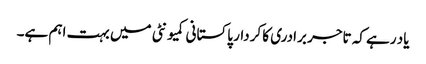
یاد رہے کہ تاجر برادری کا کردار پاکستانی کمیونٹی میں بہت اہم ہے۔